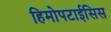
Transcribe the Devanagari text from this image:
हिमोपटाईसिस